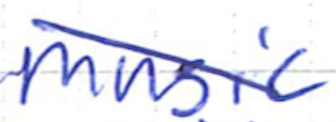
Text: music
Cross-out: diagonal
Writing tool: ballpoint